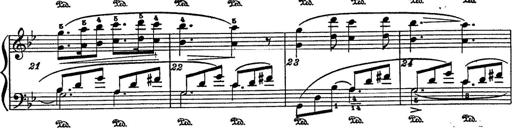
Title: 6 Polish Songs
Composer: Franz Liszt